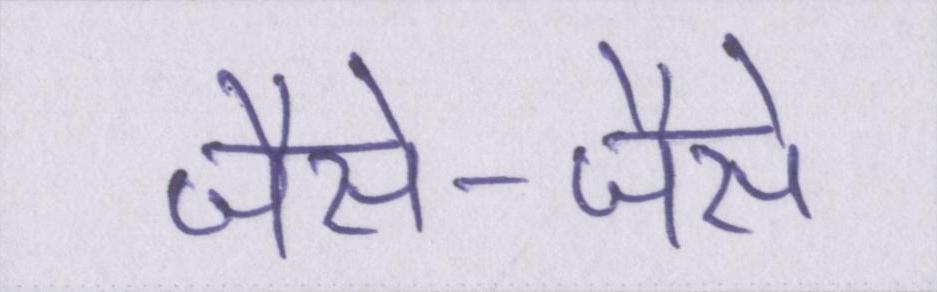
जैसे-जैसे